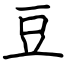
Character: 豆